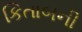
કિતાબની